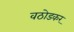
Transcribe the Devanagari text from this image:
वठोडकर